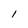
Character: l